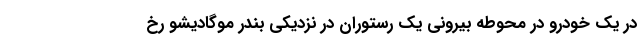
در یک خودرو در محوطه بیرونی یک رستوران در نزدیکی بندر موگادیشو رخ